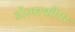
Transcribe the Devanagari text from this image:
डोअरकीपर